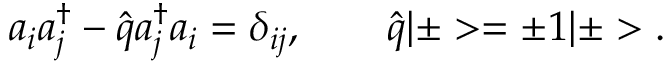
a _ { i } a _ { j } ^ { \dagger } - \hat { q } a _ { j } ^ { \dagger } a _ { i } = \delta _ { i j } , \qquad \hat { q } | \pm > = \pm 1 | \pm > .